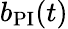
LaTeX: b_{\mathrm{PI}}(t)